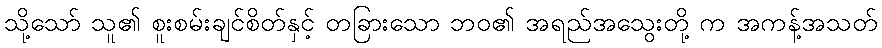
သို့သော် သူ၏ စူးစမ်းချင်စိတ်နှင့် တခြားသော ဘဝ၏ အရည်အသွေးတို့ က အကန့်အသတ်